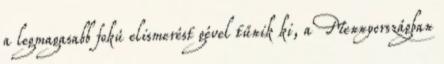
a legmagasabb fokú elismerést gével tűnik ki, a Mennyországban